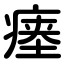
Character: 瘗